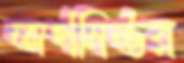
অর্থনির্ভর